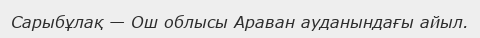
Сарыбұлақ — Ош облысы Араван ауданындағы айыл.